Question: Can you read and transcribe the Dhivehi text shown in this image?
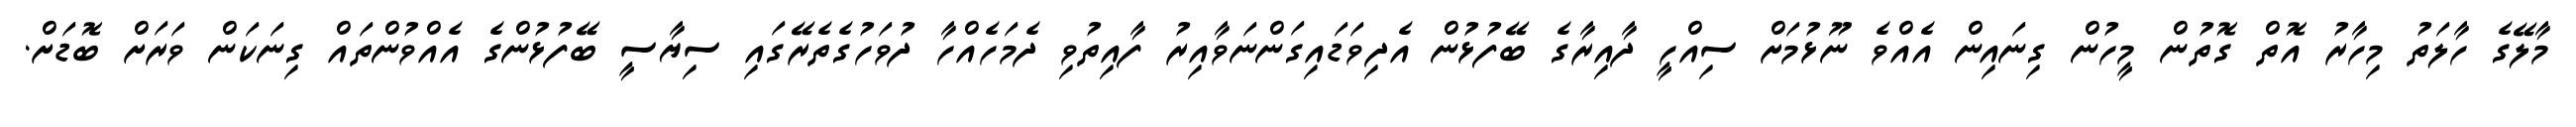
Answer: މާލޭގެ ހާލަތު މިހާރު އޮތް ގޮތުން މީހުން ގިނައިން އެއްވެ ނޫޅުމަށް ސިއްހީ ދާއިރާގެ ބޭފުޅުން އެދިވަޑައިގަންނަވާއިރު ފާއިތުވި ދެމަހެއްހާ ދުވަހުގެތެރޭގައި ސިޔާސީ ބޭފުޅުންގެ އެއްވުންތައް ގިނަކަން ވަރަށް ބޮޑަށް.